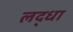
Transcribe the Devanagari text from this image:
लद्धा